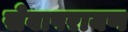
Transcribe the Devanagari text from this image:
सेवापरायण